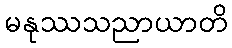
မနုဿသညာယာတိ